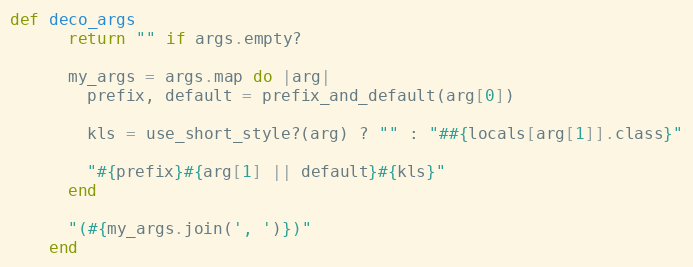
Language: Ruby
def deco_args
      return "" if args.empty?

      my_args = args.map do |arg|
        prefix, default = prefix_and_default(arg[0])

        kls = use_short_style?(arg) ? "" : "##{locals[arg[1]].class}"

        "#{prefix}#{arg[1] || default}#{kls}"
      end

      "(#{my_args.join(', ')})"
    end